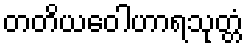
တတိယဝေါဟာရသုတ္တံ